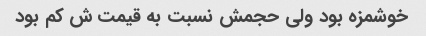
خوشمزه بود ولی حجمش نسبت به قیمت ش کم بود